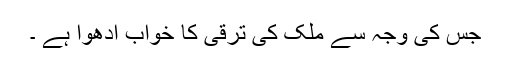
جس کی وجہ سے ملک کی ترقی کا خواب ادھوا ہے ۔